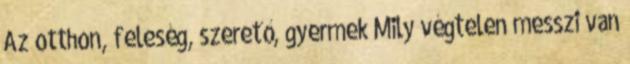
Az otthon, feleség, szerető, gyermek Mily végtelen messzi van